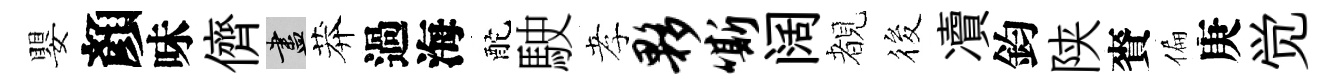
嬰顏味儕盡莽過海酡駛孝夥嘶阔覩筱凟鈞陕賚偏庚觉